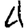
Digit: 4